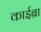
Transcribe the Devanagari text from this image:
काईब्रा